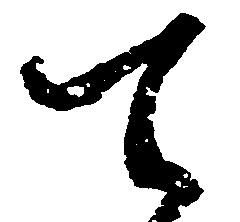
て